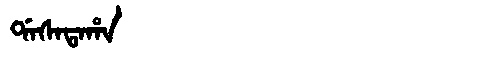
Manchu: ᡩᠠᠰᠠᡨᠠᡥᠠ
Romanization: DASATAHA